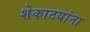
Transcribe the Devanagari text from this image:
शेकाटयांना